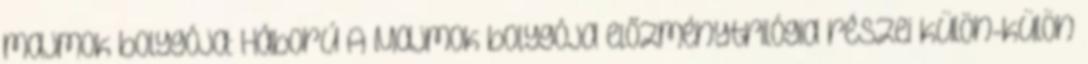
majmok bolygója: Háború A Majmok bolygója előzménytrilógia részei külön-külön